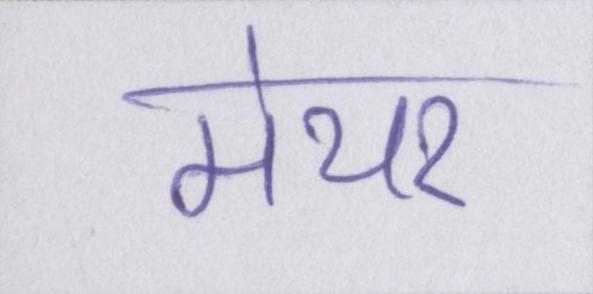
मेयर